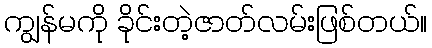
ကျွန်မကို ခိုင်းတဲ့ဇာတ်လမ်းဖြစ်တယ်။